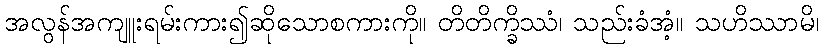
အလွန်အကျူးရမ်းကား၍ဆိုသောစကားကို။ တိတိက္ခိဿံ၊ သည်းခံအံ့။ သဟိဿာမိ၊